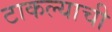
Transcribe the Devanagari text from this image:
टाकल्याची